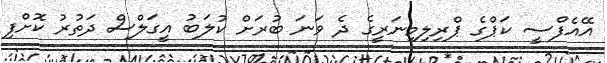
އޭއެފްސީ ކަޕްގެ ޕްރިލިމިނަރީގެ ދެ ވަނަ ބުރަށް ކުލަބު އީގަލްސް ދަތުރު ކޮށްފި